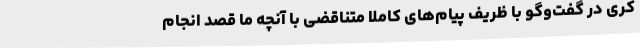
کری در گفت‌وگو با ظریف پیام‌های کاملاً متناقضی با آنچه ما قصد انجام